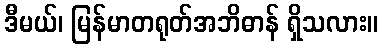
ဒီမယ်၊ မြန်မာတရုတ်အဘိဓာန် ရှိသလား။